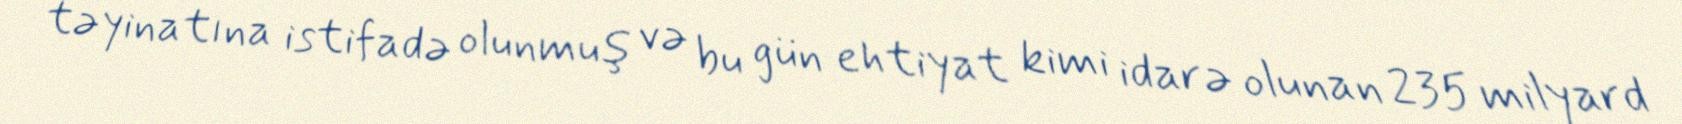
təyinatına istifadə olunmuş və bu gün ehtiyat kimi idarə olunan 235 milyard